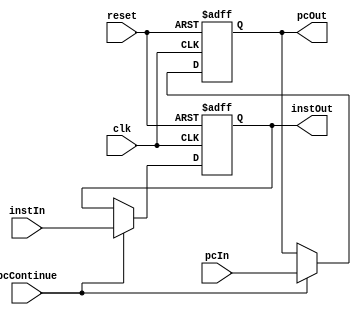
module ppl_regD (clk, reset, pcContinue,
                pcIn, instIn,
                pcOut, instOut);
    input           clk, reset, pcContinue;
    input   [31:0]  pcIn, instIn;

    output  [31:0]  pcOut, instOut;
    reg     [31:0]  pcOut, instOut;

    always @ (posedge clk or negedge reset) begin
        if (reset == 0) begin
            pcOut <= 32'h8000_0000;
            instOut <= 0;
        end else if (pcContinue) begin
            pcOut <= pcIn;
            instOut <= instIn;
        end
    end
endmodule // ppl_regD